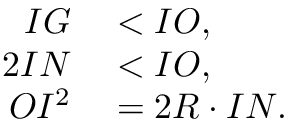
\begin{array} { r l } { I G } & { { } < I O , } \\ { 2 I N } & { { } < I O , } \\ { O I ^ { 2 } } & { { } = 2 R \cdot I N . } \end{array}